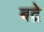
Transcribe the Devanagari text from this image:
बद्रे